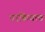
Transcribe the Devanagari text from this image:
परकियत्व